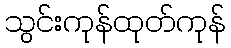
သွင်းကုန်ထုတ်ကုန်